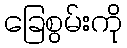
ခြေစွမ်းကို